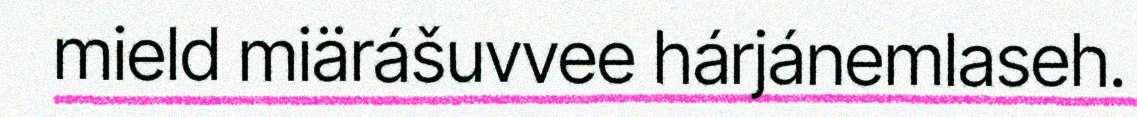
mield miärášuvvee hárjánemlaseh.